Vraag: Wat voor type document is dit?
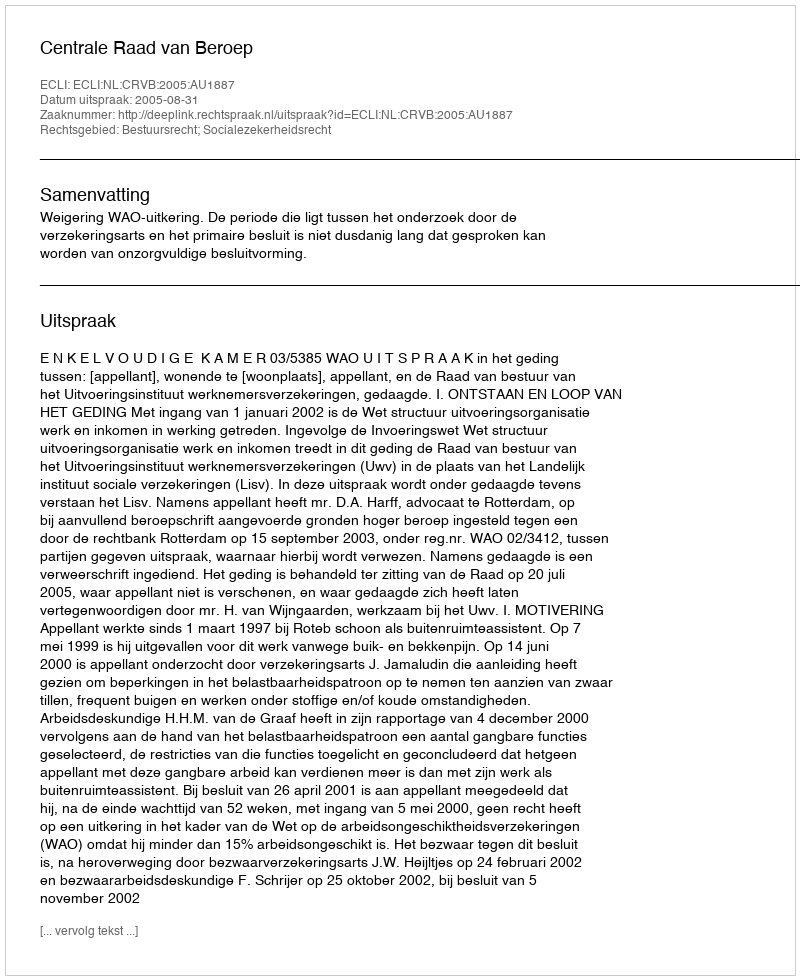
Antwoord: Uitspraak